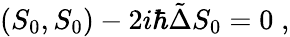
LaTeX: (S_{0},S_{0})-2i\hbar\tilde{\Delta}S_{0}=0\; ,